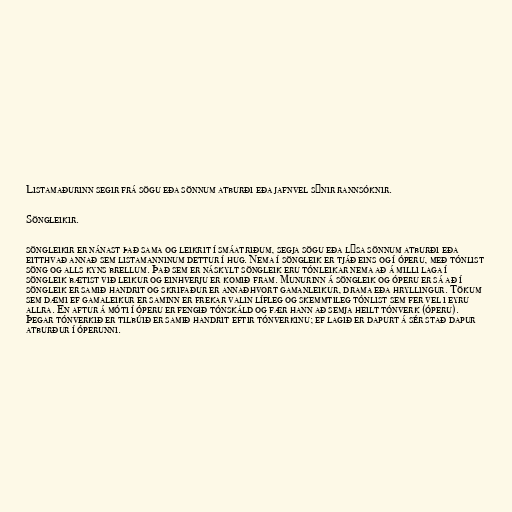
Listamaðurinn segir frá sögu eða sönnum atburði eða jafnvel sýnir rannsóknir.

Söngleikir.

söngleikir er nánast það sama og leikrit í smáatriðum, segja sögu eða lýsa sönnum atburði eða
eitthvað annað sem listamanninum dettur í hug. Nema í söngleik er tjáð eins og í óperu, með tónlist
söng og alls kyns brellum. Það sem er náskylt söngleik eru tónleikar nema að á milli laga í
söngleik bætist við leikur og einhverju er komið fram. Munurinn á söngleik og óperu er sá að í
söngleik er samið handrit og skrifaður er annaðhvort gamanleikur, drama eða hryllingur. Tökum
sem dæmi ef gamaleikur er saminn er frekar valin lífleg og skemmtileg tónlist sem fer vel i eyru
allra. En aftur á móti í óperu er fengið tónskáld og fær hann að semja heilt tónverk (óperu).
Þegar tónverkið er tilbúið er samið handrit eftir tónverkinu; ef lagið er dapurt á sér stað dapur
atburður í óperunni.